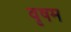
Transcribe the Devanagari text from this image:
वृषम